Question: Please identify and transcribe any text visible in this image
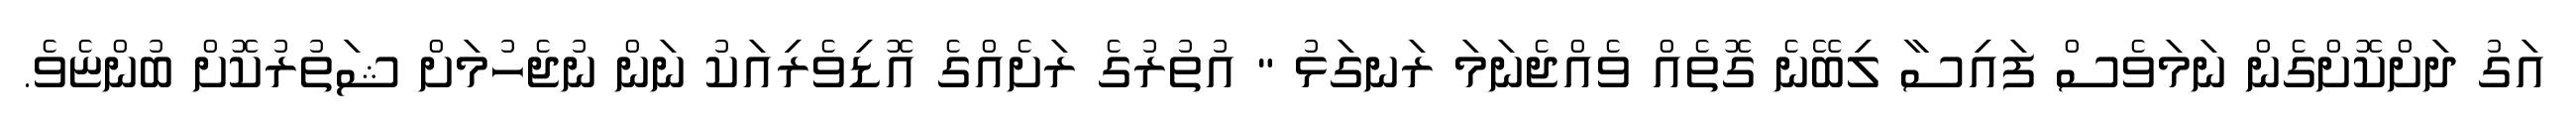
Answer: އަގު ދަށްކޮށްގެން ނަމަވެސް ފައިސާ ލިބޭނެ ގޮތެއް ވެއްޖެނަމަ ރަނގަޅު " އުތުރުގެ ރަށެއްގެ އޮޑިވެރިއަކު ނަން ނުޖެހުމަށް ޝަތުރުކޮށް ބުންޏެވެ.